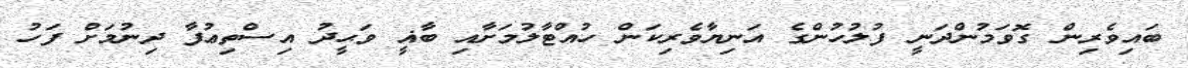
ބައިވެރިން ގޮވަމުންދަނީ ފުލުހުންގެ އަނިޔާވެރިކަން ހުއްޓާލުމަށާއި ބާޣީ ވަޙީދު އިސްތިޢުފާ ދިނުމަށް ފަހު